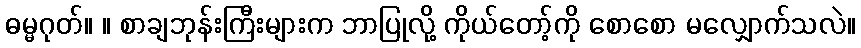
ဓမ္မဂုတ်။ ။ စာချဘုန်းကြီးများက ဘာပြုလို့ ကိုယ်တော့်ကို စောစော မလျှောက်သလဲ။